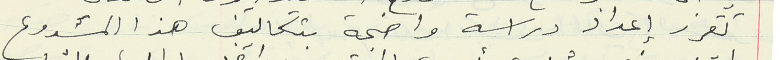
تقرر إعداد دراسة واضحة بتكاليف هذا المشروع